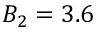
B _ { 2 } = 3 . 6